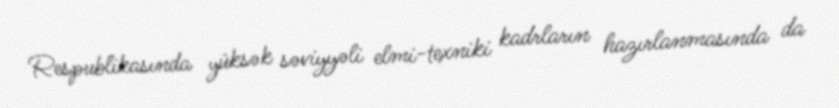
Respublikasında yüksək səviyyəli elmi-texniki kadrların hazırlanmasında da